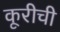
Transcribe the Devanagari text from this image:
कूरीची